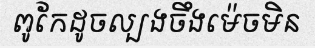
ពូកែដូចល្បងចឹងម៉េចមិន